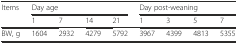
<table><thead><tr><td><b>Items</b></td><td colspan="4"><b>Day age</b></td><td colspan="4"><b>Day post-weaning</b></td></tr><tr><td></td><td><b>1</b></td><td><b>7</b></td><td><b>14</b></td><td><b>21</b></td><td><b>1</b></td><td><b>3</b></td><td><b>5</b></td><td><b>7</b></td></tr></thead><tbody><tr><td>BW, g</td><td>1604</td><td>2932</td><td>4279</td><td>5792</td><td>3967</td><td>4399</td><td>4813</td><td>5355</td></tr></tbody></table>